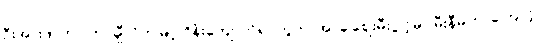
ဦးအားဖာဟာ တာချီလိတ်မြို့၊ ဝိန်းကျောက်ရပ်ကွက်၊ အာခါစျေးမီးပွိုင့်မှာ မီးနီမိတာကြောင့်